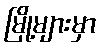
မြို့များမှာ